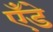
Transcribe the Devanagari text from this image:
एँडे